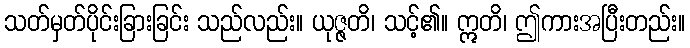
သတ်မှတ်ပိုင်းခြားခြင်း သည်လည်း။ ယုဇ္ဇတိ၊ သင့်၏။ ဣတိ၊ ဤကားအပြီးတည်း။